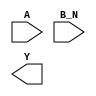
/**
 * Copyright 2020 The SkyWater PDK Authors
 *
 * Licensed under the Apache License, Version 2.0 (the "License");
 * you may not use this file except in compliance with the License.
 * You may obtain a copy of the License at
 *
 *     https://www.apache.org/licenses/LICENSE-2.0
 *
 * Unless required by applicable law or agreed to in writing, software
 * distributed under the License is distributed on an "AS IS" BASIS,
 * WITHOUT WARRANTIES OR CONDITIONS OF ANY KIND, either express or implied.
 * See the License for the specific language governing permissions and
 * limitations under the License.
 *
 * SPDX-License-Identifier: Apache-2.0
 */

`ifndef SKY130_FD_SC_LS__NOR2B_SYMBOL_V
`define SKY130_FD_SC_LS__NOR2B_SYMBOL_V

/**
 * nor2b: 2-input NOR, first input inverted.
 *
 *        Y = !(A | B | C | !D)
 *
 * Verilog stub (without power pins) for graphical symbol definition
 * generation.
 *
 * WARNING: This file is autogenerated, do not modify directly!
 */

`timescale 1ns / 1ps
`default_nettype none

(* blackbox *)
module sky130_fd_sc_ls__nor2b (
    //# {{data|Data Signals}}
    input  A  ,
    input  B_N,
    output Y
);

    // Voltage supply signals
    supply1 VPWR;
    supply0 VGND;
    supply1 VPB ;
    supply0 VNB ;

endmodule

`default_nettype wire
`endif  // SKY130_FD_SC_LS__NOR2B_SYMBOL_V